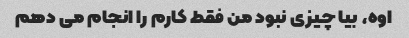
اوه، بیا چیزی نبود من فقط کارم را انجام می دهم